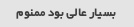
بسیار عالی بود ممنوم